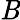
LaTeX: \mathit{B}